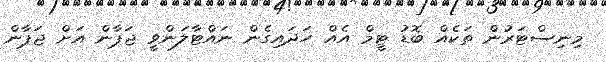
މިނިސްޓަރުން ތަކެއް ބޮޑު ޓީމް އެއް ހަދައިގެން ނައްޓާލަންވީ ޖަޕާން އަށް ޖަޕާން